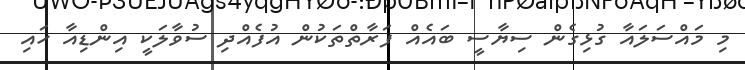
މި މައްސަލައާ ގުޅިގެން ސިޔާސީ ބައެއް ފަރާތްތަކުން އުފެއްދި ސުވާލަކީ އިންޑިއާ ހައި